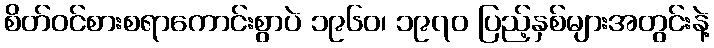
စိတ်ဝင်စားစရာကောင်းစွာပဲ ၁၉၆၀၊ ၁၉၇၀ ပြည့်နှစ်များအတွင်းနဲ့